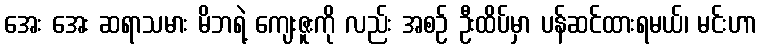
အေး အေး ဆရာသမား မိဘရဲ့ ကျေးဇူးကို လည်း အစဉ် ဦးထိပ်မှာ ပန်ဆင်ထားရမယ်၊ မင်းဟာ